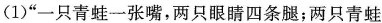
(1)“一只青蛙一张嘴，两只眼睛四条腿；两只青蛙